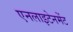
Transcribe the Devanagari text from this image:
एनलाइटेनमेंट